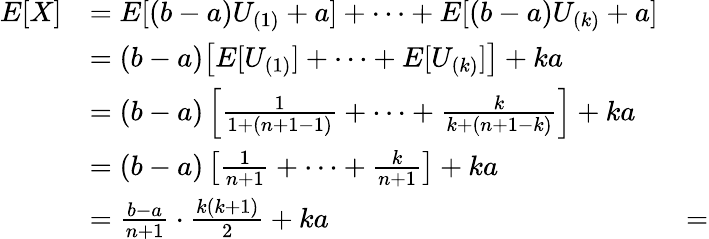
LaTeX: \begin{array}{rlr}{E[X]}&{=E[(b-a)U_{(1)}+a]+\dotsb+E[(b-a)U_{(k)}+a]}\\ &{=(b-a)\big[E[U_{(1)}]+\cdots+E[U_{(k)}]\big]+ka}\\ &{=(b-a)\left[\frac{1}{1+(n+1-1)}+\dotsb+\frac{k}{k+(n+1-k)}\right]+ka}\\ &{=(b-a)\left[\frac{1}{n+1}+\dotsb+\frac{k}{n+1}\right]+ka}\\ &{=\frac{b-a}{n+1}\cdot\frac{k(k+1)}{2}+ka}&{=}\end{array}